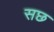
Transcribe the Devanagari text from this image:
सछ